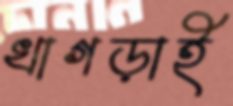
খাগড়াই